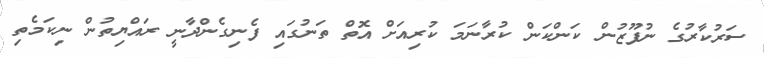
ސަރުކާރުގެ ނުފޫޒުން ކަންކަން ކުރާނަމަ ކުރިއަށް އޮތް ތަނުގައި ފެނިގެންދާނީ ރައްޔިތުން ނިކަމެތި